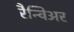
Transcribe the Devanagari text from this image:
रैन्विअर